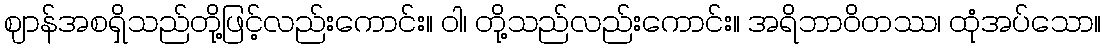
ဈာန်အစရှိသည်တို့ဖြင့်လည်းကောင်း။ ဝါ၊ တို့သည်လည်းကောင်း။ အရိဘာဝိတဿ၊ ထုံအပ်သော။